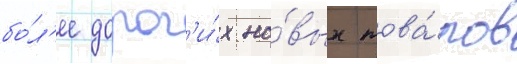
бо́л'ее дорог'и́х но́вых това́ров